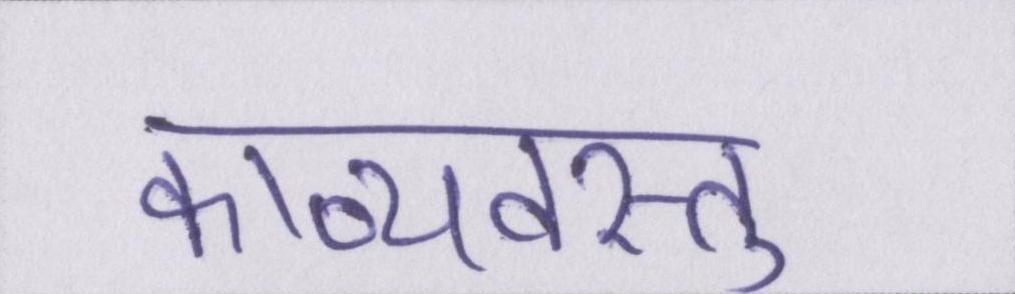
काव्यवस्तु